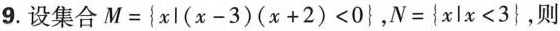
9.设集合$$M = \left \{ x | ( x - 3 ) ( x + 2 ) < 0 \right \}$$，$$N = \left \{ { x | x < 3 } \right \}$$，则